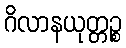
ဂိလာနယုတ္တဉ္စ